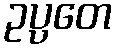
ဥပ္ပတေ